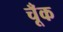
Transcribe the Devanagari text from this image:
चूँक